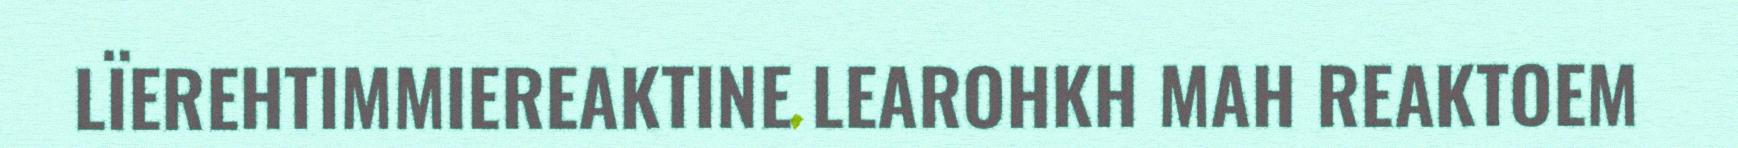
LÏEREHTIMMIEREAKTINE LEAROHKH MAH REAKTOEM